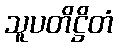
သူပတိဋ္ဌိတံ